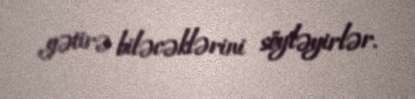
gətirə biləcəklərini söyləyirlər.